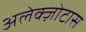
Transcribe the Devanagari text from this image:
अलेक्ज़ोटास